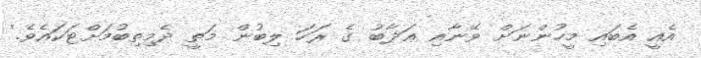
އެއީ އެބައި މީހުންނަށް ވޭނާއި ޢަޛާބު ގެ ރަހަ ލިބުން މަތީ ދެމިތިބުމަށްޓަކައެވެ.'